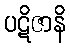
ပဋိဇာနိ